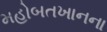
મહોબતખાનના